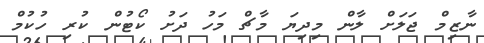
ނާޒިމް ޖަލަށް ލާން މިދިޔަ މާޗް މަހު ދަށު ކޯޓުން ކުރި ހުކުމް